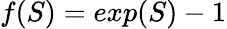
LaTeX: f(S)=exp(S)-1